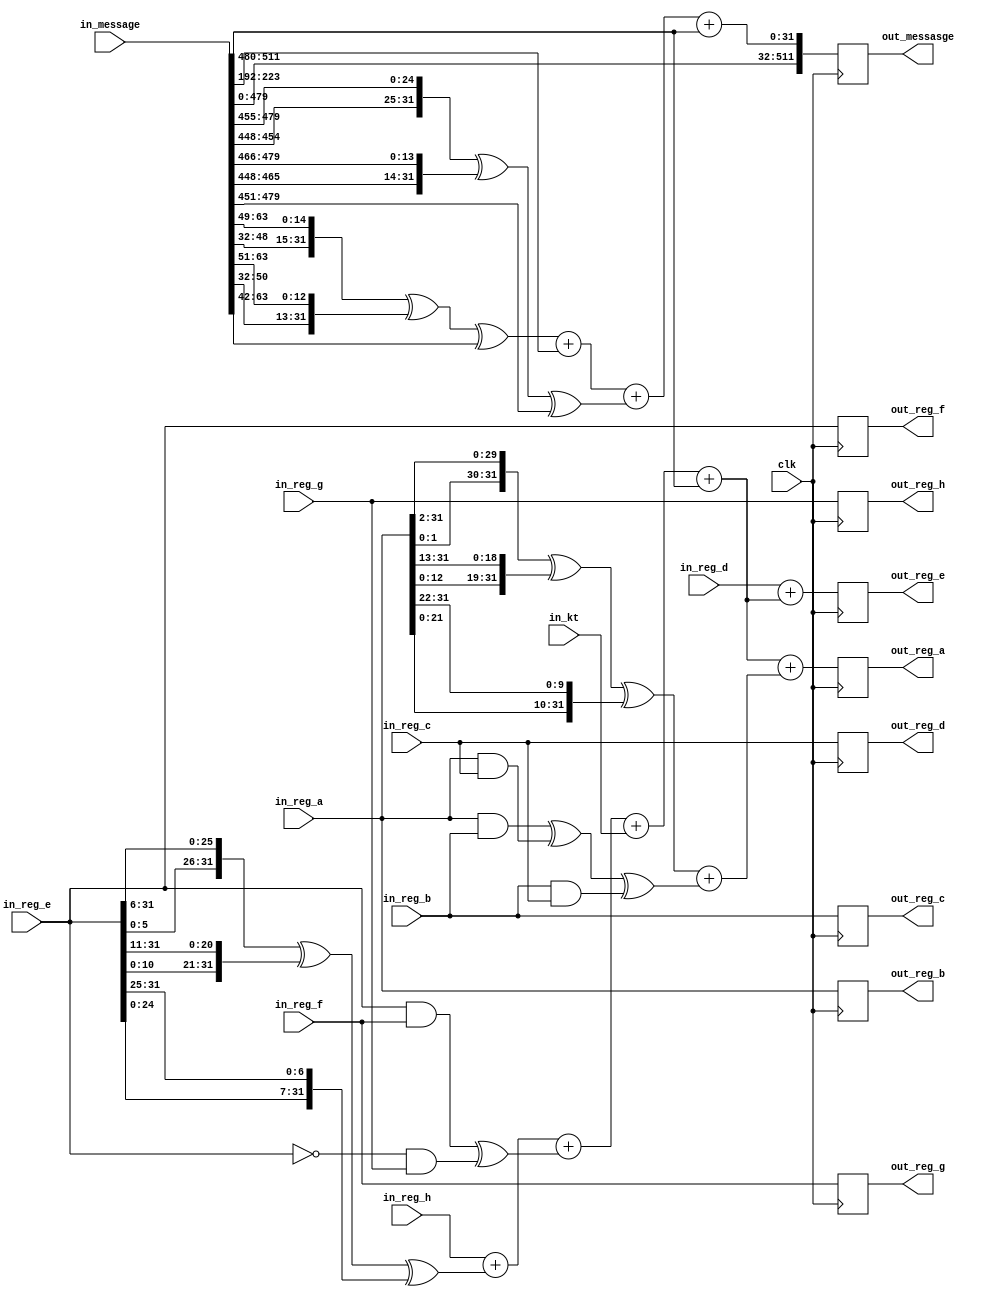
module sha256_round (
  input wire clk,
  input wire [WORDSIZE-1:0] in_reg_a,
  input wire [WORDSIZE-1:0] in_reg_b,
  input wire [WORDSIZE-1:0] in_reg_c,
  input wire [WORDSIZE-1:0] in_reg_d,
  input wire [WORDSIZE-1:0] in_reg_e,
  input wire [WORDSIZE-1:0] in_reg_f,
  input wire [WORDSIZE-1:0] in_reg_g,
  input wire [WORDSIZE-1:0] in_reg_h,
  input wire [WORDSIZE-1:0] in_kt,
  input wire [BLOCKSIZE-1:0] in_message,
  output reg [WORDSIZE-1:0] out_reg_a,
  output reg [WORDSIZE-1:0] out_reg_b,
  output reg [WORDSIZE-1:0] out_reg_c,
  output reg [WORDSIZE-1:0] out_reg_d,
  output reg [WORDSIZE-1:0] out_reg_e,
  output reg [WORDSIZE-1:0] out_reg_f,
  output reg [WORDSIZE-1:0] out_reg_g,
  output reg [WORDSIZE-1:0] out_reg_h,
  output reg [BLOCKSIZE-1:0] out_messasge
  );

  localparam  WORDSIZE = 32;
  localparam  BLOCKSIZE = 512;

  wire [WORDSIZE-1:0] wt;

  wire [WORDSIZE-1:0] t1 = in_reg_h + calc_sum_1(in_reg_e) + calc_ch(in_reg_e, in_reg_f, in_reg_g) + in_kt + wt;
  wire [WORDSIZE-1:0] t2 = calc_sum_0(in_reg_a) + calc_maj(in_reg_a, in_reg_b, in_reg_c);

  always @ (posedge clk) begin
    out_reg_a <= t1 + t2;
    out_reg_b <= in_reg_a;
    out_reg_c <= in_reg_b;
    out_reg_d <= in_reg_c;
    out_reg_e <= in_reg_d + t1;
    out_reg_f <= in_reg_e;
    out_reg_g <= in_reg_f;
    out_reg_h <= in_reg_g;
  end

  wire [WORDSIZE-1:0] wt_2 = in_message[WORDSIZE*1 +: WORDSIZE];
  wire [WORDSIZE-1:0] wt_7 = in_message[WORDSIZE*6 +: WORDSIZE];
  wire [WORDSIZE-1:0] wt_15 = in_message[WORDSIZE*14 +: WORDSIZE];
  wire [WORDSIZE-1:0] wt_16 = in_message[WORDSIZE*15 +: WORDSIZE];
  wire [WORDSIZE-1:0] wt_next = calc_s_sum_1(wt_2) + wt_7 + calc_s_sum_0(wt_15) + wt_16;
  assign wt = in_message[WORDSIZE*15 +: WORDSIZE];

  always @ (posedge clk) begin
    out_messasge <= {in_message[0 +: WORDSIZE*15], wt_next};
  end

  function [WORDSIZE-1:0] calc_ch;
    input [WORDSIZE-1:0] x;
    input [WORDSIZE-1:0] y;
    input [WORDSIZE-1:0] z;
    begin
      calc_ch = (x & y) ^ (~x & z);
    end
  endfunction

  function [WORDSIZE-1:0] calc_maj;
    input [WORDSIZE-1:0] x;
    input [WORDSIZE-1:0] y;
    input [WORDSIZE-1:0] z;
    begin
      calc_maj = (x & y) ^ (x & z) ^ (y & z);
    end
  endfunction

  function [WORDSIZE-1:0] calc_sum_0;
    input [WORDSIZE-1:0] x;
    begin
      calc_sum_0 = {x[1:0], x[31:2]} ^ {x[12:0], x[31:13]} ^ {x[21:0], x[31:22]};
    end
  endfunction

  function [WORDSIZE-1:0] calc_sum_1;
    input [WORDSIZE-1:0] x;
    begin
      calc_sum_1 = {x[5:0], x[31:6]} ^ {x[10:0], x[31:11]} ^ {x[24:0], x[31:25]};
    end
  endfunction

  function [WORDSIZE-1:0] calc_s_sum_0;
    input [WORDSIZE-1:0] x;
    begin
      calc_s_sum_0 = {x[6:0], x[31:7]} ^ {x[17:0], x[31:18]} ^ (x >> 3);
    end
  endfunction

  function [WORDSIZE-1:0] calc_s_sum_1;
    input [WORDSIZE-1:0] x;
    begin
      calc_s_sum_1 = {x[16:0], x[31:17]} ^ {x[18:0], x[31:19]} ^ (x >> 10);
    end
  endfunction

endmodule